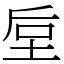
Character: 垕